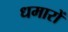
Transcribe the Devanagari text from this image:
धमारों